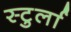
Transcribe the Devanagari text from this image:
स्टुर्ला